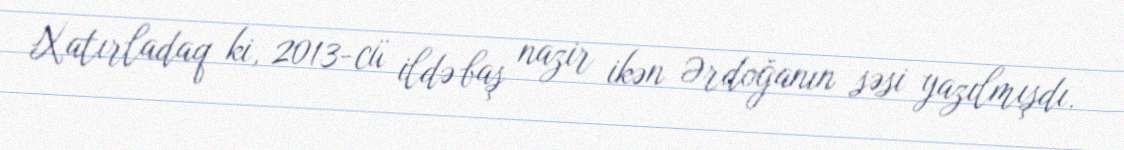
Xatırladaq ki, 2013-cü ildə baş nazir ikən Ərdoğanın səsi yazılmışdı.